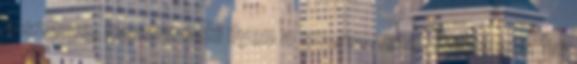
a szeme, hanem neki ilyen a szervezete. Remélem, ha